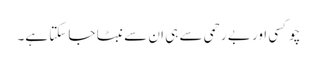
چوکسی اور بے رحمی سے ہی ان سے نبٹا جا سکتا ہے۔